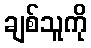
ချစ်သူကို